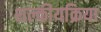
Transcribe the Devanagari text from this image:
शल्कीयक्रिया